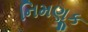
નિમણૂક